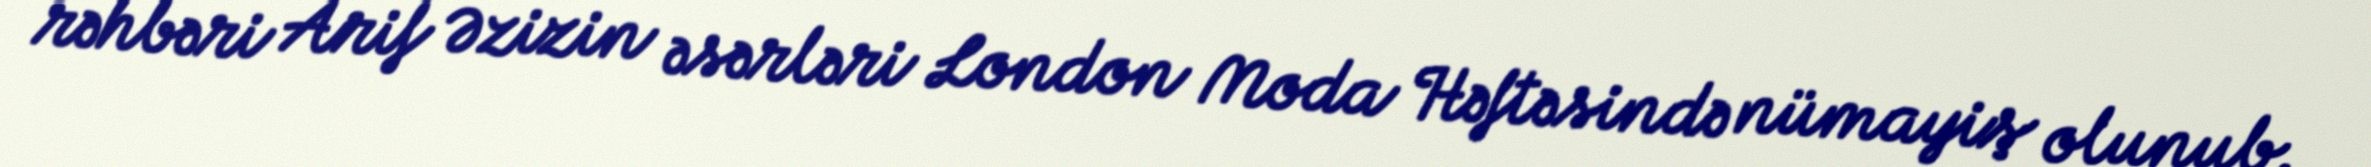
rəhbəri Arif Əzizin əsərləri London Moda Həftəsində nümayiş olunub.